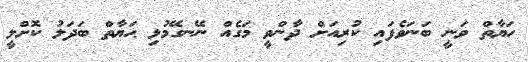
ހަޔާތް ވަނީ ބަނަވެފައި ކުރިއަށް ދާންވީ މަގެއް ނޭނގޭމުޅި ޙަޔާތް ބަދަލު ކޮށްލީ